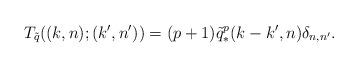
LaTeX: \begin{align*}{T}_{\tilde q}((k,n); (k',n'))=(p+1){\tilde q}_*^p(k-k',n)\delta_{n,n'}.\end{align*}